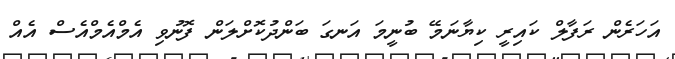
އަހަރެން ރަފާލް ކައިރީ ކިޔާނަމޭ ބުނީމަ އަނގަ ބަންދުކޮށްލަން ފޮނުވި އެމްއެމްއެސް އެއް